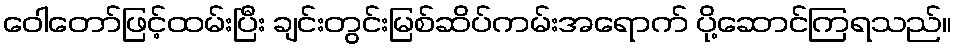
ဝေါတော်ဖြင့်ထမ်းပြီး ချင်းတွင်းမြစ်ဆိပ်ကမ်းအရောက် ပို့ဆောင်ကြရသည်။